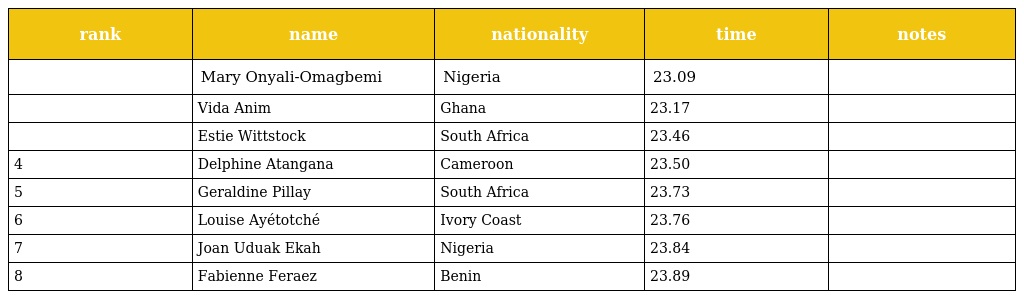
| rank | name | nationality | time | notes |
 | --- | --- | --- | --- | --- |
 |  | Mary Onyali-Omagbemi | Nigeria | 23.09 |  |
 |  | Vida Anim | Ghana | 23.17 |  |
 |  | Estie Wittstock | South Africa | 23.46 |  |
 | 4 | Delphine Atangana | Cameroon | 23.50 |  |
 | 5 | Geraldine Pillay | South Africa | 23.73 |  |
 | 6 | Louise Ayétotché | Ivory Coast | 23.76 |  |
 | 7 | Joan Uduak Ekah | Nigeria | 23.84 |  |
 | 8 | Fabienne Feraez | Benin | 23.89 |  |